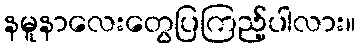
နမူနာလေးတွေပြကြည့်ပါလား။